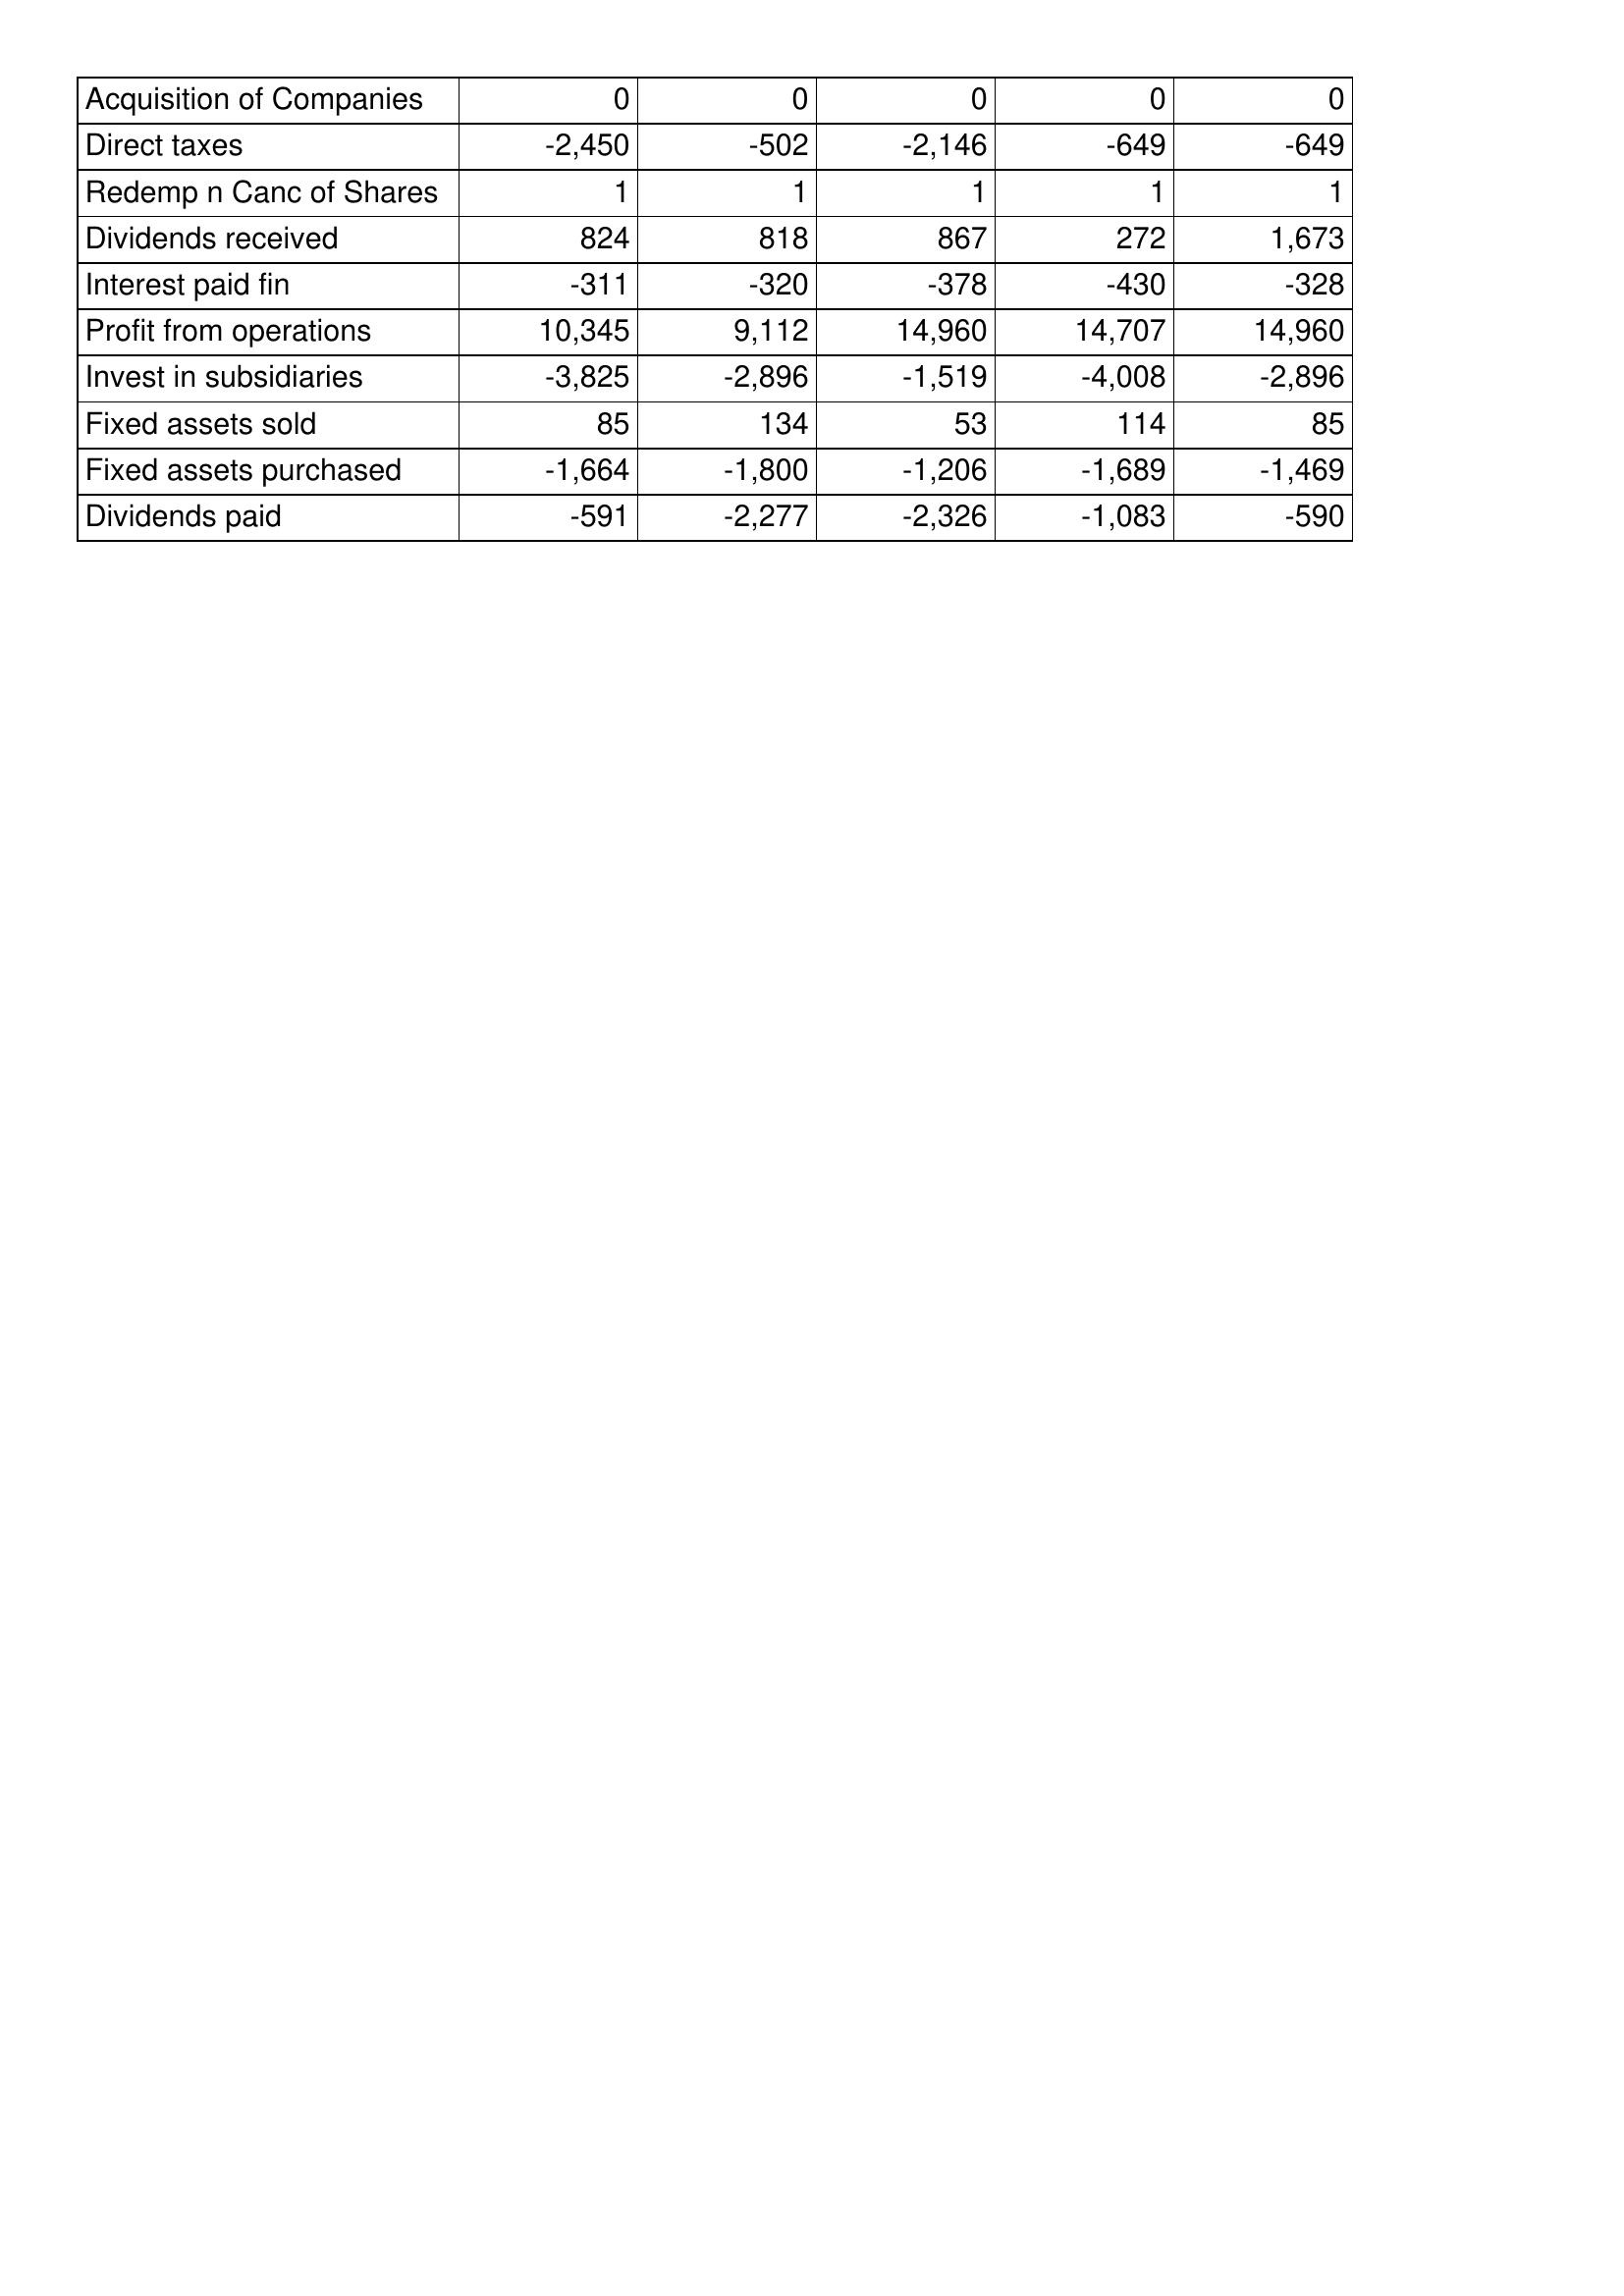
May-04: Cash Flows: Acquisition of Companies: 0
Direct taxes: -2,450
Redemp n Canc of Shares: 1
Dividends received: 824
Interest paid fin: -311
Profit from operations: 10,345
Invest in subsidiaries: -3,825
Fixed assets sold: 85
Fixed assets purchased: -1,664
Dividends paid: -591
May-03: Cash Flows: Acquisition of Companies: 0
Direct taxes: -502
Redemp n Canc of Shares: 1
Dividends received: 818
Interest paid fin: -320
Profit from operations: 9,112
Invest in subsidiaries: -2,896
Fixed assets sold: 134
Fixed assets purchased: -1,800
Dividends paid: -2,277
May-02: Cash Flows: Acquisition of Companies: 0
Direct taxes: -2,146
Redemp n Canc of Shares: 1
Dividends received: 867
Interest paid fin: -378
Profit from operations: 14,960
Invest in subsidiaries: -1,519
Fixed assets sold: 53
Fixed assets purchased: -1,206
Dividends paid: -2,326
May-01: Cash Flows: Acquisition of Companies: 0
Direct taxes: -649
Redemp n Canc of Shares: 1
Dividends received: 272
Interest paid fin: -430
Profit from operations: 14,707
Invest in subsidiaries: -4,008
Fixed assets sold: 114
Fixed assets purchased: -1,689
Dividends paid: -1,083
May-00: Cash Flows: Acquisition of Companies: 0
Direct taxes: -649
Redemp n Canc of Shares: 1
Dividends received: 1,673
Interest paid fin: -328
Profit from operations: 14,960
Invest in subsidiaries: -2,896
Fixed assets sold: 85
Fixed assets purchased: -1,469
Dividends paid: -590